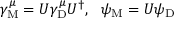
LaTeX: \gamma _ { \mathrm { { M } } } ^ { \mu } = U \gamma _ { \mathrm { { D } } } ^ { \mu } U ^ { \dagger } , ~ ~ \psi _ { \mathrm { { M } } } = U \psi _ { \mathrm { { D } } }